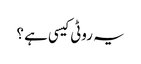
یہ روٹی کیسی ہے ؟